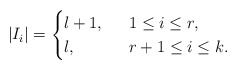
\begin{align*}|I_i| = \begin{cases}l + 1, &~~ 1 \leq i \leq r, \\l, &~~ r + 1 \leq i \leq k. \\\end{cases}\end{align*}